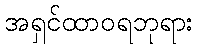
အရှင်ထာဝရဘုရား